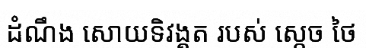
ដំណឹង សោយទិវង្គត របស់ ស្តេច ថៃ